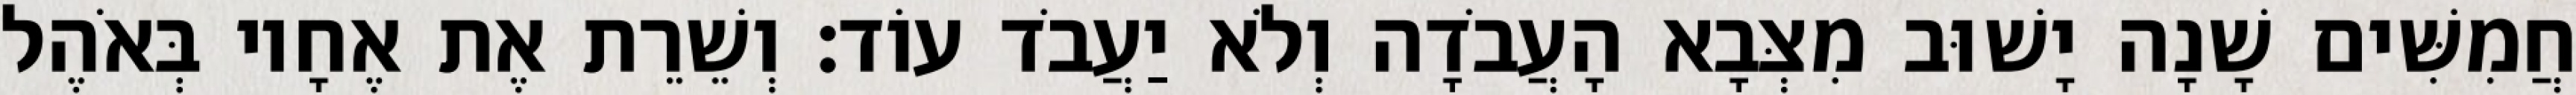
חֲמִשִּׁים שָׁנָה יָשׁוּב מִצְּבָא הָעֲבֹדָה וְלֹא יַעֲבֹד עוֹד׃ וְשֵׁרֵת אֶת אֶחָיו בְּאֹהֶל